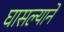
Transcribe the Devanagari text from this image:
घासल्याने